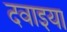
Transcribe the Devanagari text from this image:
दवाइया